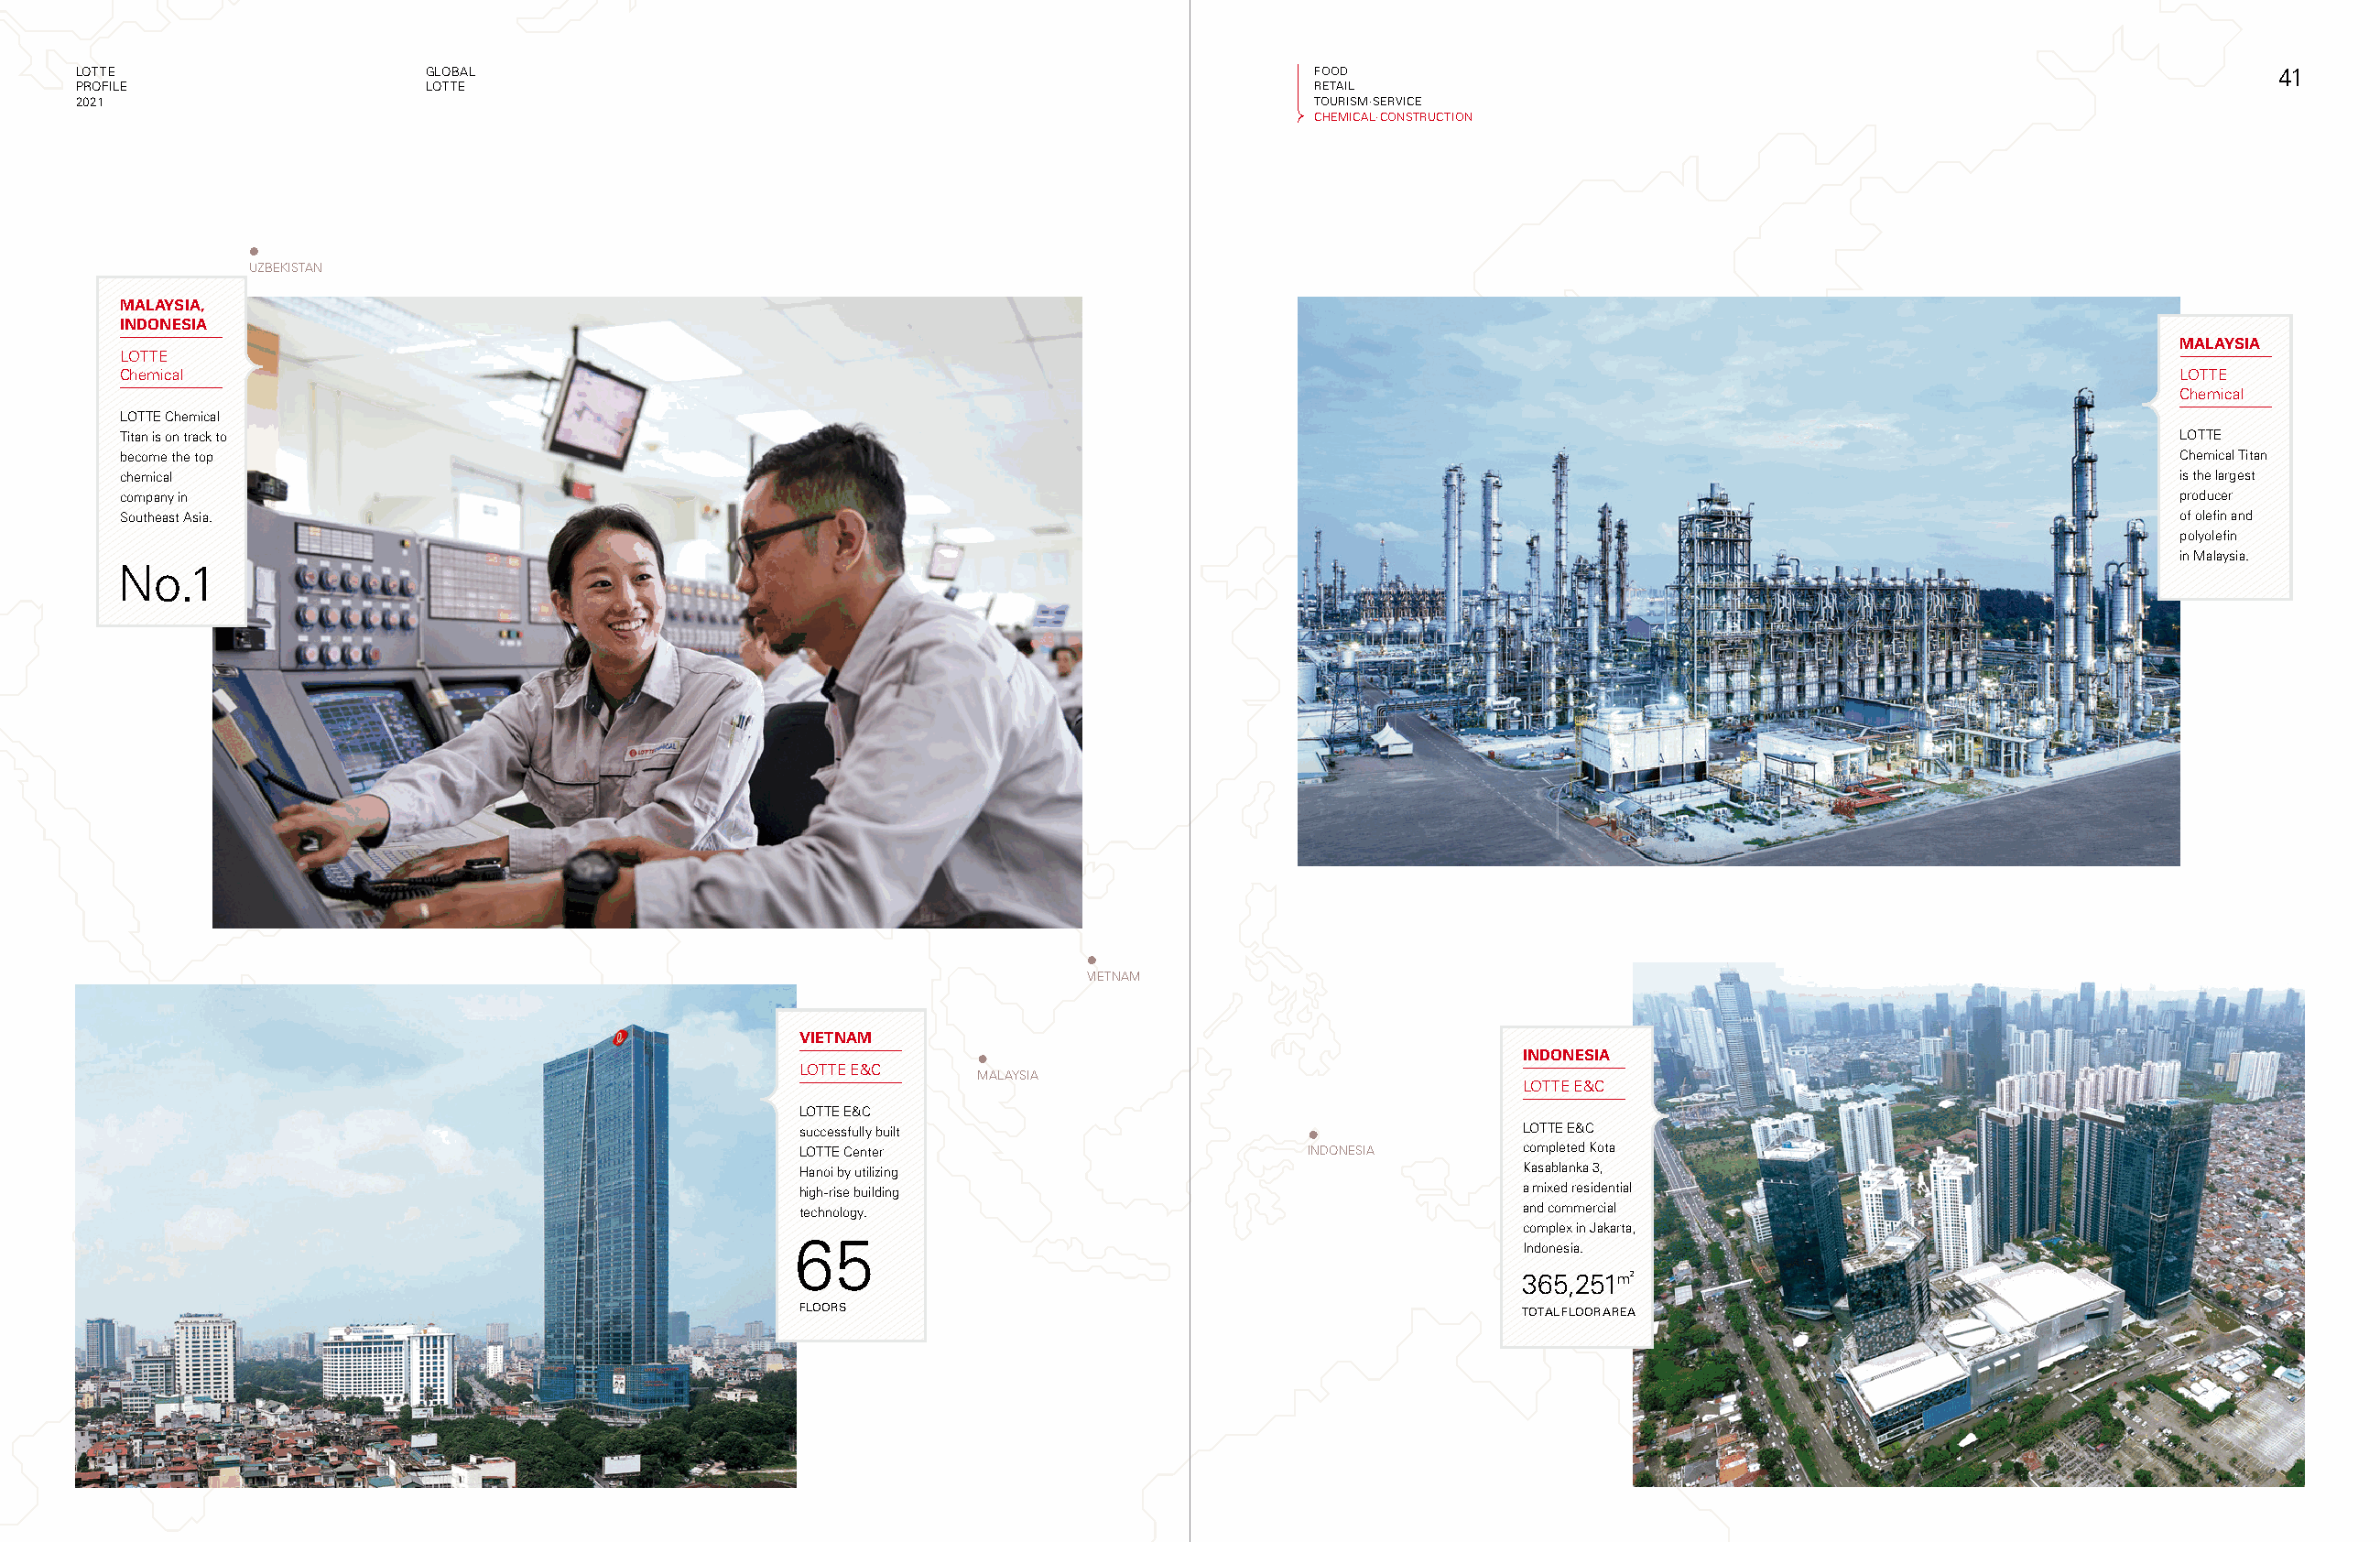
LOTTE                     GLOBAL                                                          FOOD                                                                  41
 PROFILE                   LOTTE                                                           RETAIL
 2021                                                                                      TOURISM·SERVICE
 CHEMICAL·CONSTRUCTION
 UZBEKISTAN
 MALAYSIA,
 INDONESIA
 MALAYSIA
 LOTTE
 Chemical                                                                                                                                             LOTTE
 Chemical
 LOTTE Chemical
 Titan is on track to                                                                                                                                 LOTTE
 become the top                                                                                                                                       Chemical Titan
 chemical                                                                                                                                             is the largest
 company in                                                                                                                                           producer
 Southeast Asia.                                                                                                                                      of olefin and
 polyolefin
 in Malaysia.
 No.1
 VIETNAM
 VIETNAM
 INDONESIA
 LOTTE E&C
 MALAYSIA
 LOTTE E&C
 LOTTE E&C
 successfully built                                  LOTTE E&C
 LOTTE Center                         INDONESIA      completed Kota
 Hanoi by utilizing                                  Kasablanka 3,
 high-rise building                                  a mixed residential
 technology.                                         and commercial
 complex in Jakarta,
 65
 Indonesia.
 365,251m2
 FLOORS                                              TOTAL FLOOR AREA